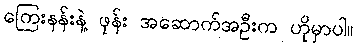
ကြေးနန်းနဲ့ ဖုန်း အဆောက်အဦးက ဟိုမှာပါ။